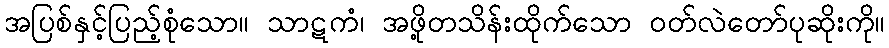
အပြစ်နှင့်ပြည့်စုံသော။ သာဋကံ၊ အဖို့တသိန်းထိုက်သော ဝတ်လဲတော်ပုဆိုးကို။